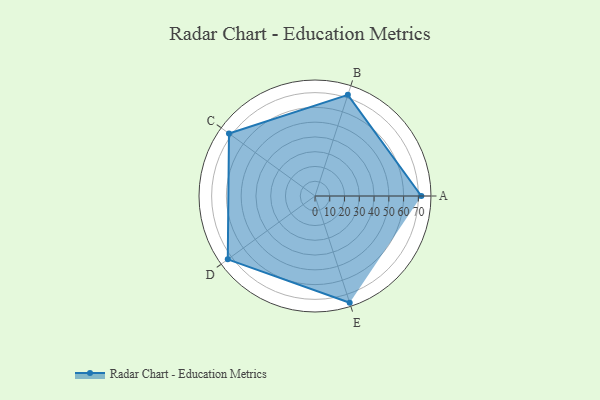
{"axis": {"x": "Skill", "y": "Score"}, "legend": ["Profile"], "data": [{"x": "A", "y": 72.0, "type": "Profile"}, {"x": "B", "y": 72.0, "type": "Profile"}, {"x": "C", "y": 72.0, "type": "Profile"}, {"x": "D", "y": 73.0, "type": "Profile"}, {"x": "E", "y": 76.0, "type": "Profile"}]}